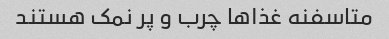
متاسفنه غذا‌ها چرب و پر نمک هستند